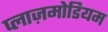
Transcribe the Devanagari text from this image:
प्लाज़मोडियम